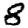
Digit: 8